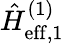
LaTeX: \hat{H}_{\mathrm{eff},1}^{(1)}